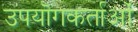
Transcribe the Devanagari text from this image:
उपयॊगकर्ताओं